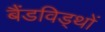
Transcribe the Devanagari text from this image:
बैंडविड्थों